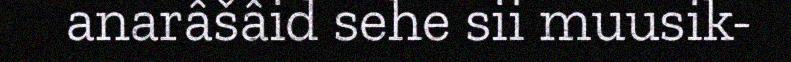
anarâšâid sehe sii muusik-